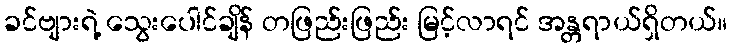
ခင်ဗျားရဲ့ သွေးပေါင်ချိန် တဖြည်းဖြည်း မြင့်လာရင် အန္တရာယ်ရှိတယ်။